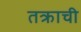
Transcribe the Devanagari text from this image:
तक्राची